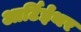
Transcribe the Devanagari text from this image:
आर्टिईथर